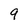
Character: 9